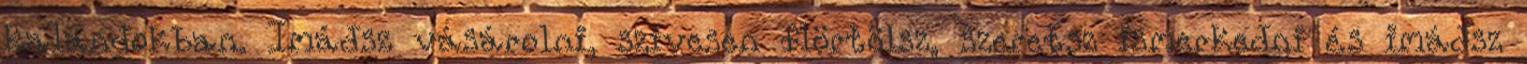
kalandokban. Imádsz vásárolni, szívesen flörtölsz, szeretsz ismerkedni és imádsz